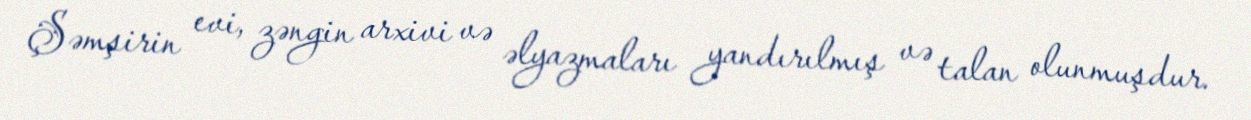
Şəmşirin evi, zəngin arxivi və əlyazmaları yandırılmış və talan olunmuşdur.